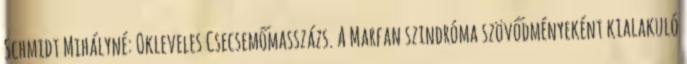
Schmidt Mihályné: Okleveles Csecsemőmasszázs. A Marfan szindróma szövődményeként kialakuló